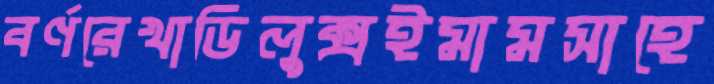
বর্ণরেখাডিলুক্সইমামসাহে